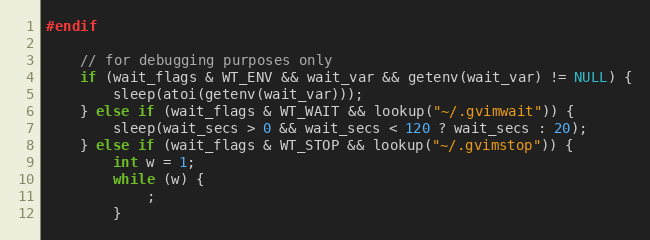
Language: C
#endif

	// for debugging purposes only
	if (wait_flags & WT_ENV && wait_var && getenv(wait_var) != NULL) {
		sleep(atoi(getenv(wait_var)));
	} else if (wait_flags & WT_WAIT && lookup("~/.gvimwait")) {
		sleep(wait_secs > 0 && wait_secs < 120 ? wait_secs : 20);
	} else if (wait_flags & WT_STOP && lookup("~/.gvimstop")) {
		int w = 1;
		while (w) {
			;
		}